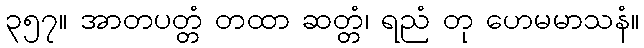
၃၅၇။ အာတပတ္တံ တထာ ဆတ္တံ၊ ရညံ တု ဟေမမာသနံ။